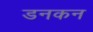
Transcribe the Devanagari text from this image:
डनकन